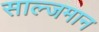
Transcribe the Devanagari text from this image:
साल्जमान